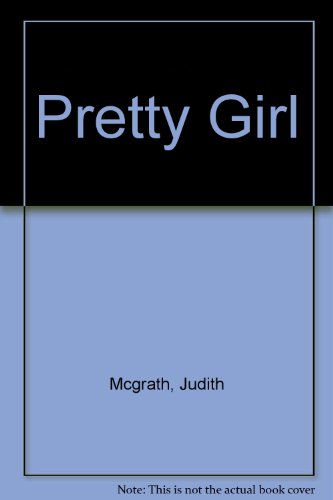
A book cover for Pretty Girl; Judith Mcgrath; Teen & Young Adult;